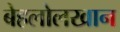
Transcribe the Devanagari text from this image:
बेहलोलखान